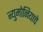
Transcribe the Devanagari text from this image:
न्युमोनियाचे